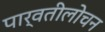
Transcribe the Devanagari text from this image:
पार्वतीलोचन